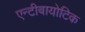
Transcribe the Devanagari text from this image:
एन्टीबायोटिक